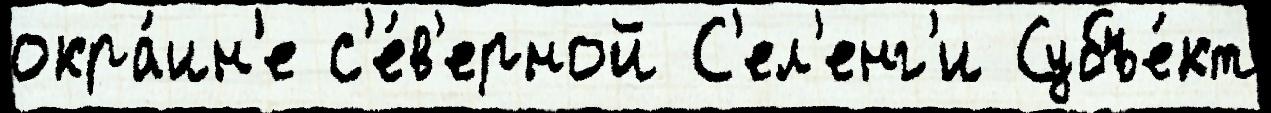
окра́ин'е с'е́в'ерной С'ел'енг'и Субъе́кт